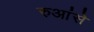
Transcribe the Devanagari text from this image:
रुआंसे